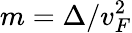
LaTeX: m=\Delta/v_{F}^{2}